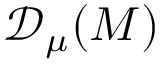
{ \mathscr { D } _ { \mu } ( M ) }